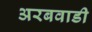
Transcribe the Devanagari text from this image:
अरबवाडी